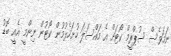
ނަމަވެސް ސުޕްރީމް ކޯޓަށް އެ މައްސަލަ ހުށަހެޅުމުން ކޯޓުން ނިންމީ އެއީ ބޮޑު